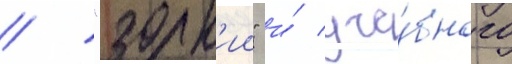
/ "зорк'ии" и́ уче́бного